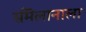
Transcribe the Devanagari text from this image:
संमॆलानाला